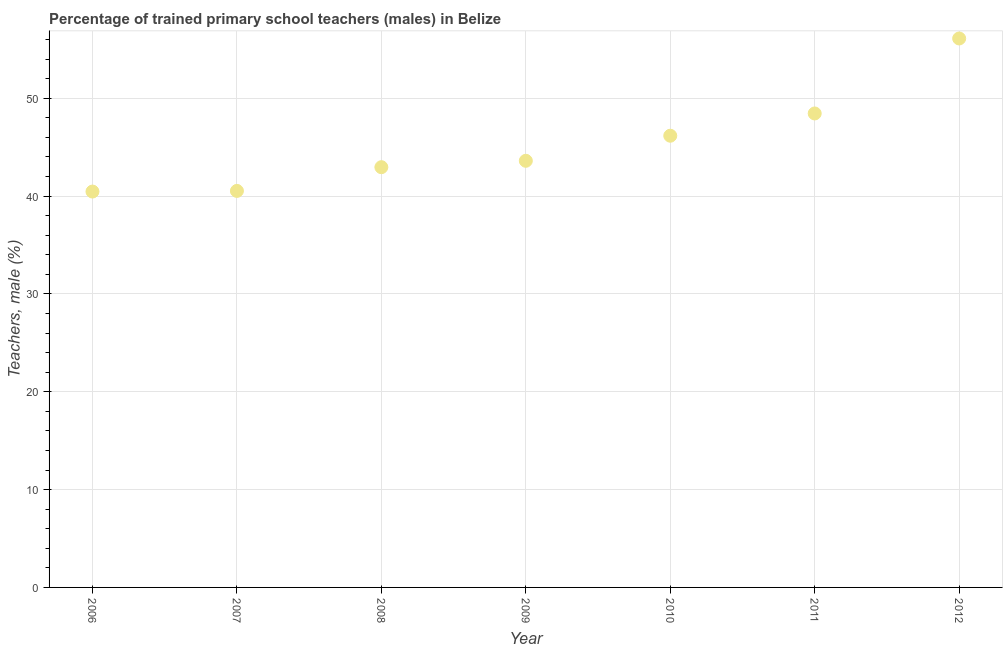
| Year | Trained teachers male |
 | --- | --- |
 | 2006 | 40.5 |
 | 2007 | 40.5 |
 | 2008 | 43 |
 | 2009 | 43.6 |
 | 2010 | 46.2 |
 | 2011 | 48.4 |
 | 2012 | 56.1 |